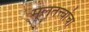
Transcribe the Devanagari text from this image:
मूलतत्त्वांचा